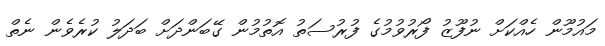
މައުމޫން ހެއްކަށް ނުފޫޒު ފޯރުވުމުގެ ފުރުސަތު އޮތުމުން ގޭބަންދަށް ބަދަލު ކުރެވެން ނެތް